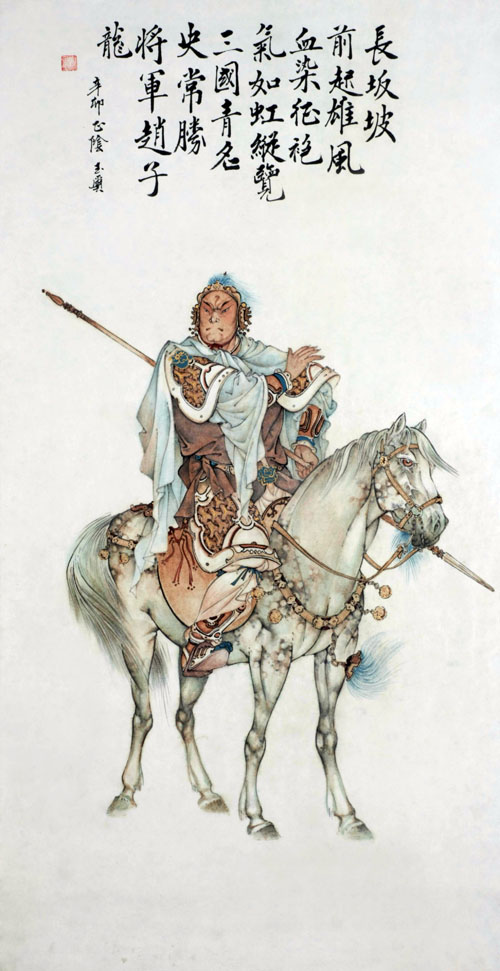
长江如虹贯，蟠绕其下。